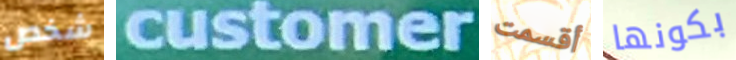
شخص customer أقسمت بكونها